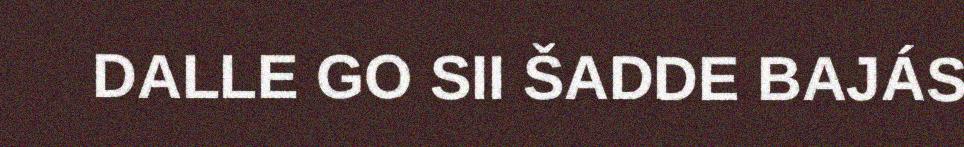
DALLE GO SII ŠADDE BAJÁS